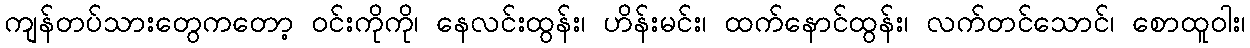
ကျန်တပ်သားတွေကတော့ ဝင်းကိုကို၊ နေလင်းထွန်း၊ ဟိန်းမင်း၊ ထက်နောင်ထွန်း၊ လက်တင်သောင်၊ စောထူဝါး၊